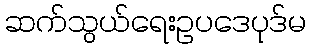
ဆက်သွယ်ရေးဥပဒေပုဒ်မ